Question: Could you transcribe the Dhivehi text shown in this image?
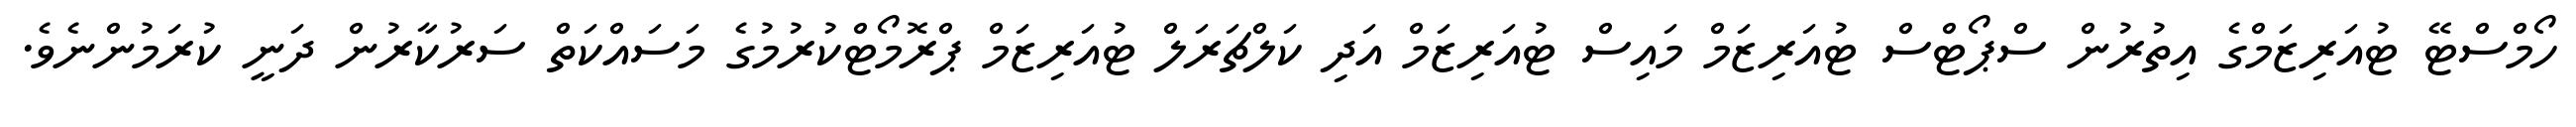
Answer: ހޯމްސްޓޭ ޓުއަރިޒަމްގެ އިތުރުން ސްޕޯޓްސް ޓުއަރިޒަމް މައިސް ޓުއަރިޒަމް އަދި ކަލްޗަރަލް ޓުއަރިޒަމް ޕްރޮމޯޓްކުރުމުގެ މަސައްކަތް ސަރުކާރުން ދަނީ ކުރަމުންނެވެ.